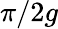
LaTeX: \pi/2g